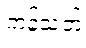
ကန့်သတ်